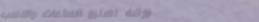
ورشة تصليح الساعات والدسب